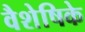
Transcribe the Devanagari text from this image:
वैशेषिके